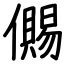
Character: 儩